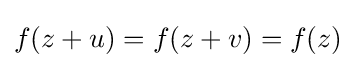
f(z+u)=f(z+v)=f(z)